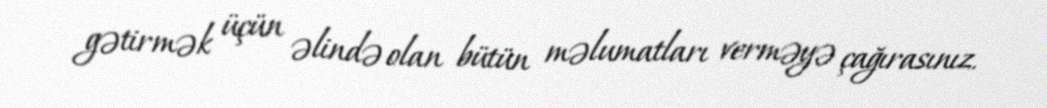
gətirmək üçün əlində olan bütün məlumatları verməyə çağırasınız.